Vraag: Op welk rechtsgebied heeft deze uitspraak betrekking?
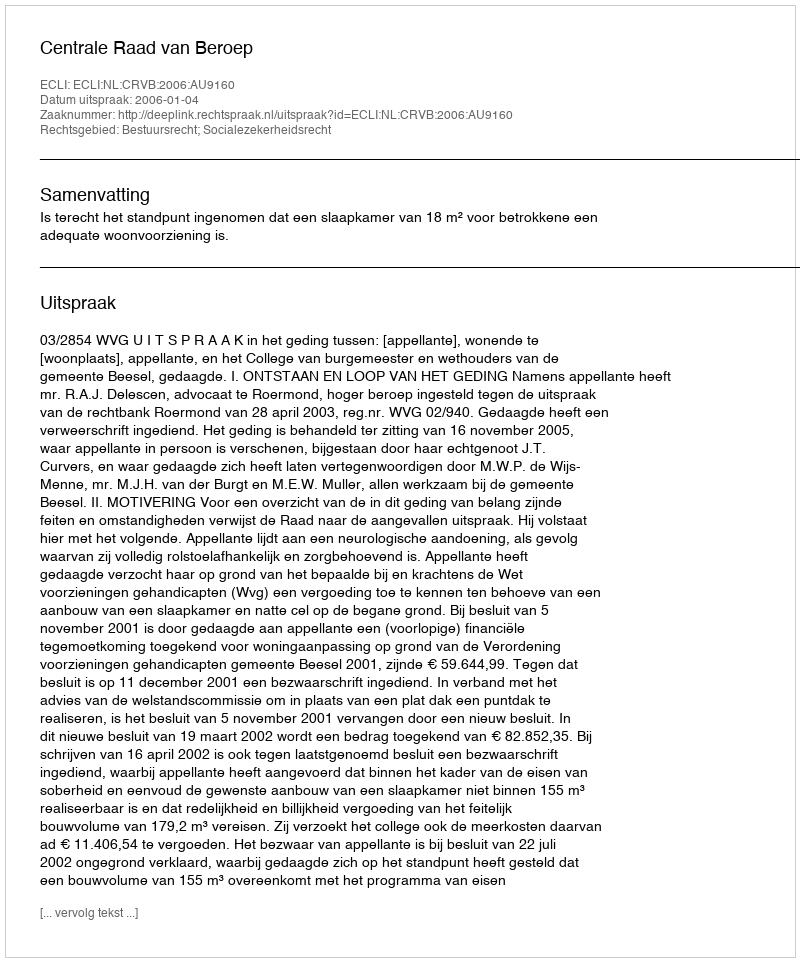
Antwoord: Bestuursrecht; Socialezekerheidsrecht